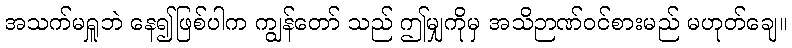
အသက်မရှူဘဲ နေ၍ဖြစ်ပါက ကျွန်တော် သည် ဤမျှကိုမှ အသိဉာဏ်ဝင်စားမည် မဟုတ်ချေ။